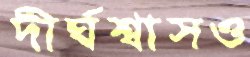
দীর্ঘশ্বাসও